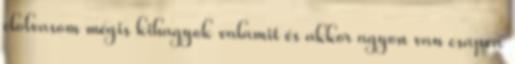
elolvasom mégis kihagyok valamit és akkor agyon van csapva